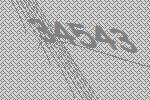
34543